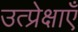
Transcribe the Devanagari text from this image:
उत्प्रेक्षाएँ